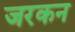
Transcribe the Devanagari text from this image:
जरकन